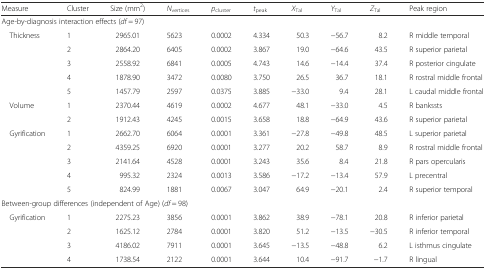
<table><thead><tr><td><b>Measure</b></td><td><b>Cluster</b></td><td><b>Size (mm<sup>2</sup>)</b></td><td><b><i>N</i><sub>vertices</sub></b></td><td><b><i>p</i><sub>cluster</sub></b></td><td><b><i>t</i><sub>peak</sub></b></td><td><b><i>X</i><sub>Tal</sub></b></td><td><b><i>Y</i><sub>Tal</sub></b></td><td><b><i>Z</i><sub>Tal</sub></b></td><td><b>Peak region</b></td></tr></thead><tbody><tr><td colspan="10">Age-by-diagnosis interaction effects (<i>df</i> = 97)</td></tr><tr><td> Thickness</td><td>1</td><td>2965.01</td><td>5623</td><td>0.0002</td><td>4.334</td><td>50.3</td><td>−56.7</td><td>8.2</td><td>R middle temporal</td></tr><tr><td></td><td>2</td><td>2864.20</td><td>6405</td><td>0.0002</td><td>3.867</td><td>19.0</td><td>−64.6</td><td>43.5</td><td>R superior parietal</td></tr><tr><td></td><td>3</td><td>2558.92</td><td>6841</td><td>0.0005</td><td>4.743</td><td>14.6</td><td>−14.4</td><td>37.4</td><td>R posterior cingulate</td></tr><tr><td></td><td>4</td><td>1878.90</td><td>3472</td><td>0.0080</td><td>3.750</td><td>26.5</td><td>36.7</td><td>18.1</td><td>R rostral middle frontal</td></tr><tr><td></td><td>5</td><td>1457.79</td><td>2597</td><td>0.0375</td><td>3.885</td><td>−33.0</td><td>9.4</td><td>28.1</td><td>L caudal middle frontal</td></tr><tr><td> Volume</td><td>1</td><td>2370.44</td><td>4619</td><td>0.0002</td><td>4.677</td><td>48.1</td><td>−33.0</td><td>4.5</td><td>R bankssts</td></tr><tr><td></td><td>2</td><td>1912.43</td><td>4245</td><td>0.0015</td><td>3.658</td><td>18.8</td><td>−64.9</td><td>43.6</td><td>R superior parietal</td></tr><tr><td> Gyrification</td><td>1</td><td>2662.70</td><td>6064</td><td>0.0001</td><td>3.361</td><td>−27.8</td><td>−49.8</td><td>48.5</td><td>L superior parietal</td></tr><tr><td></td><td>2</td><td>4359.25</td><td>6920</td><td>0.0001</td><td>3.277</td><td>20.2</td><td>58.7</td><td>8.9</td><td>R rostral middle frontal</td></tr><tr><td></td><td>3</td><td>2141.64</td><td>4528</td><td>0.0001</td><td>3.243</td><td>35.6</td><td>8.4</td><td>21.8</td><td>R pars opercularis</td></tr><tr><td></td><td>4</td><td>995.32</td><td>2324</td><td>0.0013</td><td>3.586</td><td>−17.2</td><td>−13.4</td><td>57.9</td><td>L precentral</td></tr><tr><td></td><td>5</td><td>824.99</td><td>1881</td><td>0.0067</td><td>3.047</td><td>64.9</td><td>−20.1</td><td>2.4</td><td>R superior temporal</td></tr><tr><td colspan="10">Between-group differences (independent of Age) (<i>df</i> = 98)</td></tr><tr><td> Gyrification</td><td>1</td><td>2275.23</td><td>3856</td><td>0.0001</td><td>3.862</td><td>38.9</td><td>−78.1</td><td>20.8</td><td>R inferior parietal</td></tr><tr><td></td><td>2</td><td>1625.12</td><td>2784</td><td>0.0001</td><td>3.820</td><td>51.2</td><td>−13.5</td><td>−30.5</td><td>R inferior temporal</td></tr><tr><td></td><td>3</td><td>4186.02</td><td>7911</td><td>0.0001</td><td>3.645</td><td>−13.5</td><td>−48.8</td><td>6.2</td><td>L isthmus cingulate</td></tr><tr><td></td><td>4</td><td>1738.54</td><td>2122</td><td>0.0001</td><td>3.644</td><td>10.4</td><td>−91.7</td><td>−1.7</td><td>R lingual</td></tr></tbody></table>